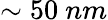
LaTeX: \sim 50\ nm